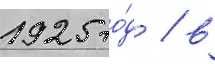
1925 го́д / в